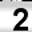
Digit: 2